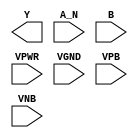
module sky130_fd_sc_hd__nand2b (
    Y   ,
    A_N ,
    B   ,
    VPWR,
    VGND,
    VPB ,
    VNB
);

    output Y   ;
    input  A_N ;
    input  B   ;
    input  VPWR;
    input  VGND;
    input  VPB ;
    input  VNB ;
endmodule